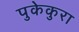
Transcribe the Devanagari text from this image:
पुकेकुरा